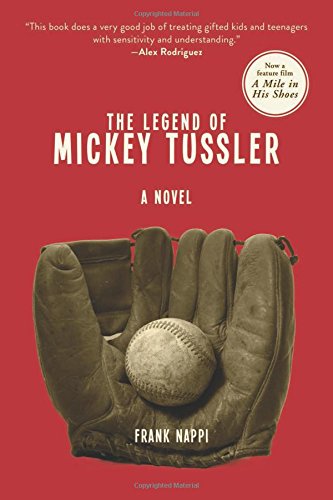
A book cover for The Legend of Mickey Tussler: A Novel (Mickey Tussler Novel); Frank Nappi; Literature & Fiction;